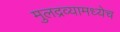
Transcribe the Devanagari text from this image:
मुलद्रव्यामध्येच